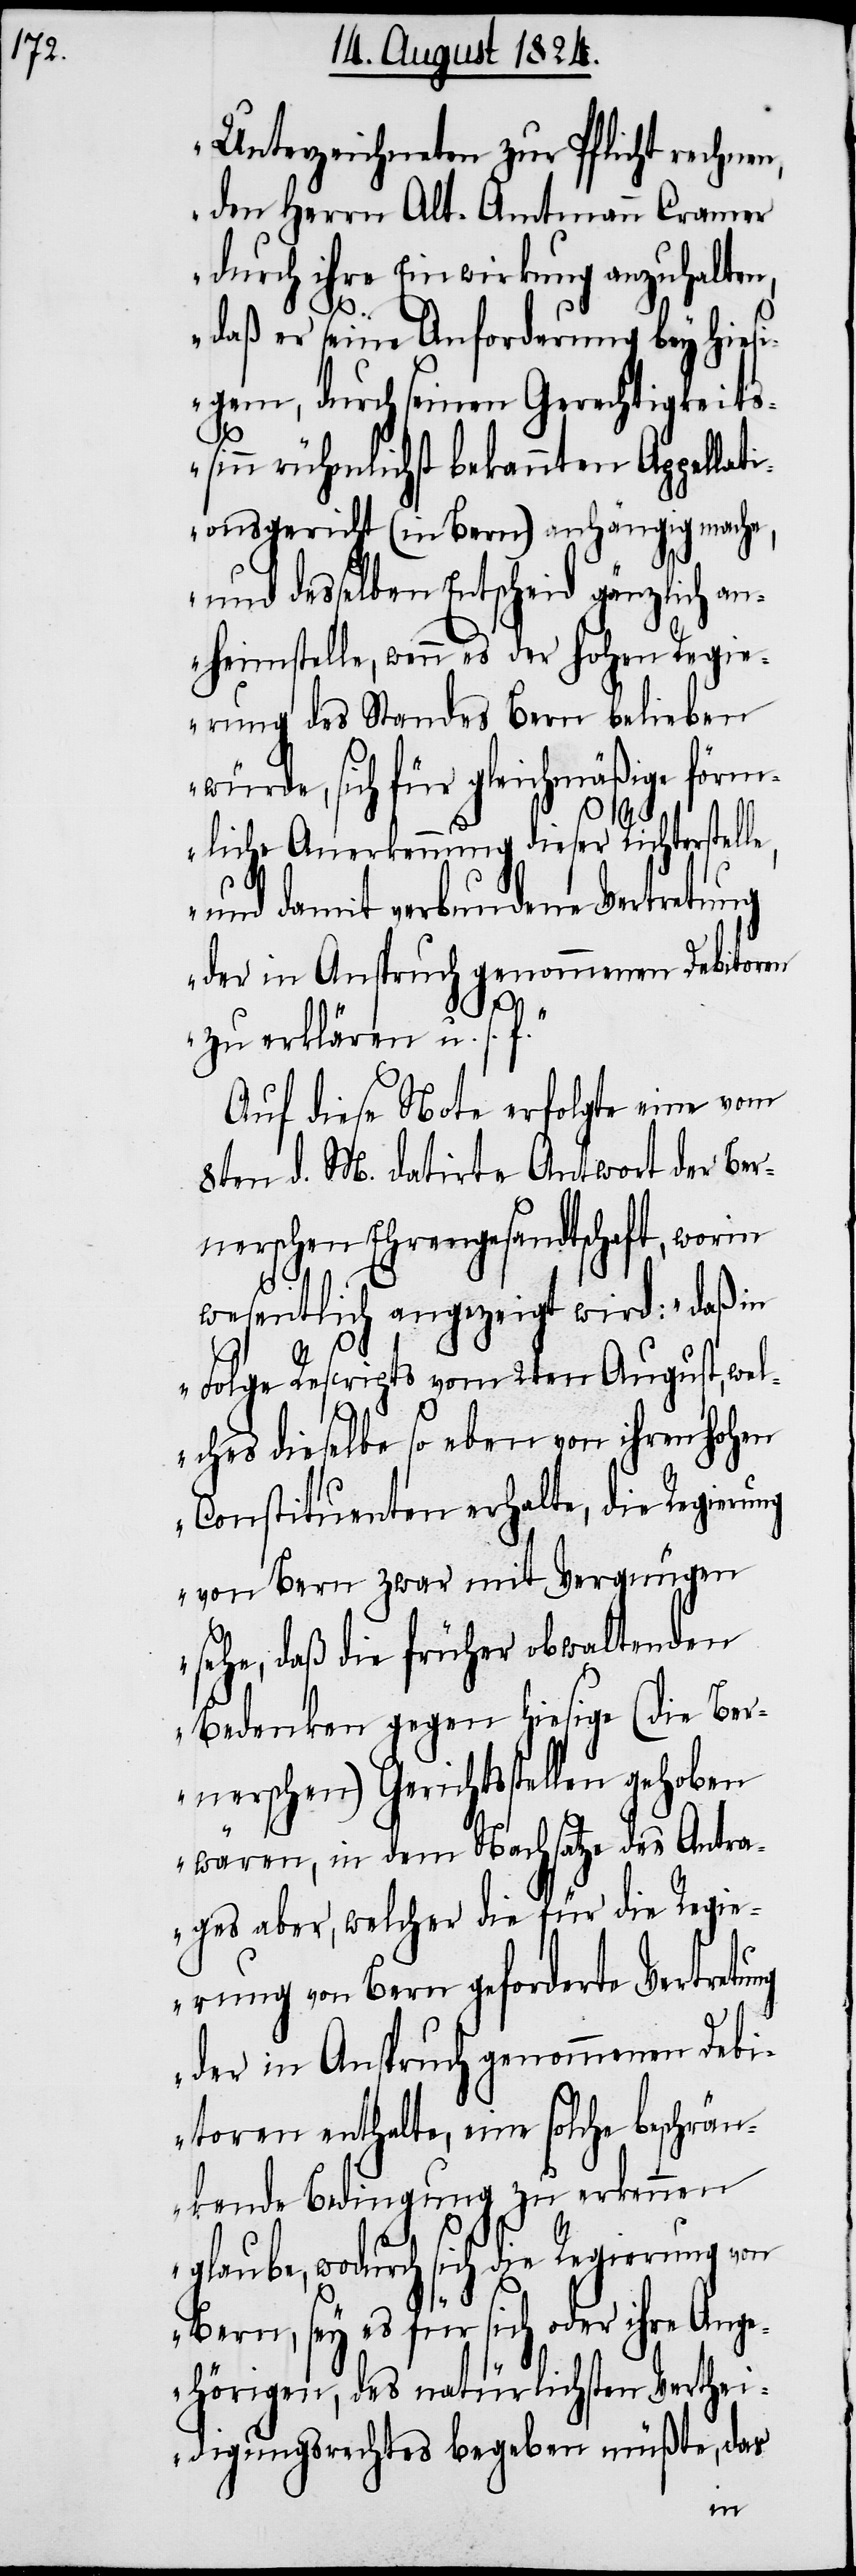
Unterzeichneten zur Pflicht rechnen,
den Herrn Alt-Amtmann Cramer
durch ihre Einwirkung anzuhalten,
daß er seine Anforderung bey hiesi¬
gem, durch seinen Gerechtigkeits¬
sinn rühmlichst bekannten Appellati¬
onsgericht (in Bern) anhängig mache,
und desselben Entscheid gänzlich an¬
heimstelle, wenn es der hohen Regie¬
rung des Standes Bern blieben
würde, sich für gleichmäßige förm¬
liche Anerkennung dieser Richterstell¬
und damit verbundene Vertretung
der in Anspruch genommenen Debitoren
zu erklären u. s. f.“
Auf diese Note erfolgte eine vom
8ten d. M. datirte Antwort der Ber¬
nerschen Ehrengesandtschaft, worin
e,
wesentlich angezeigt wird: „daß in
Folge Rescripts vom 2ten August, wel¬
ches dieselbe so eben von ihren hohen
Constituenten erhalte, die Regieru¬
von Bern zwar mit Vergnügen
sehe, daß die früher obwaltenden
Bedenken gegen hiesige (die Ber¬
nerschen) Gerichtsstellen gehoben
wären, in dem Nachsatze des Antra¬
ges aber, welcher die für die Regie¬
rung von Bern geforderte Vertretung
der in Anspruch genommenen Debi¬
toren enthalte, eine solche beschrän¬
kende Bedingung zu erkennen
glaube, wodurch sich die Regierung von
Bern, sey es für sich oder ihre An¬
gehörigen, des natürlichsten Verthei¬
digungsrechtes begeben müßte, das
ng